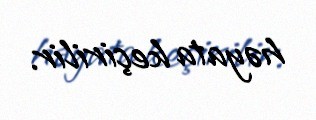
həyata keçirilir.